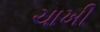
ચાખી